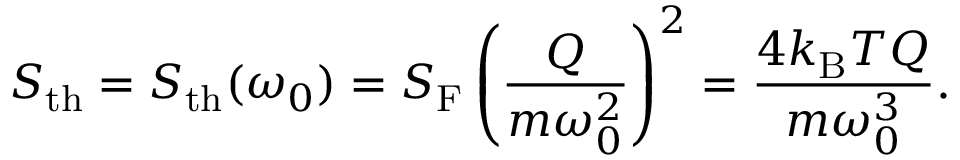
S _ { \mathrm { t h } } = S _ { \mathrm { t h } } ( \omega _ { 0 } ) = S _ { \mathrm { F } } \left( \frac { Q } { m \omega _ { 0 } ^ { 2 } } \right) ^ { 2 } = \frac { 4 k _ { \mathrm { B } } T Q } { m \omega _ { 0 } ^ { 3 } } .